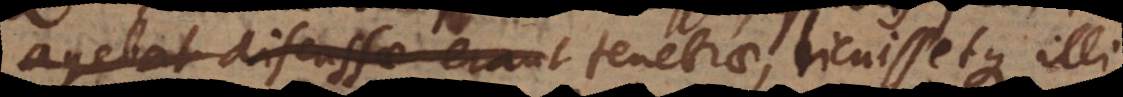
agebat discussae erant tenebrae, licuissetque illi